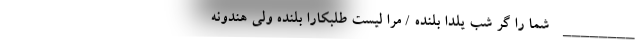
________ شما را گر شب یلدا بلنده / مرا لیست طلبکارا بلنده ولی هندونه